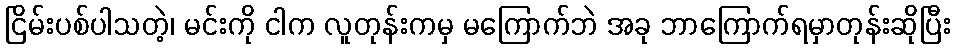
ငြိမ်းပစ်ပါသတဲ့၊ မင်းကို ငါက လူတုန်းကမှ မကြောက်ဘဲ အခု ဘာကြောက်ရမှာတုန်းဆိုပြီး